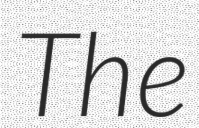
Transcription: The